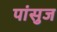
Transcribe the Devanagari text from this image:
पांसुज